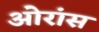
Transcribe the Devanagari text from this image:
ओरांंस